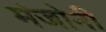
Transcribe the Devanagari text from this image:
मंजोनी